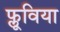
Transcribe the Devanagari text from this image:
फ्लूविया